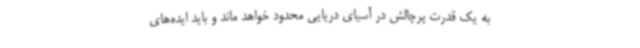
به یک قدرت پرچالش در آسیای دریایی محدود خواهد ماند و باید ایده‌های